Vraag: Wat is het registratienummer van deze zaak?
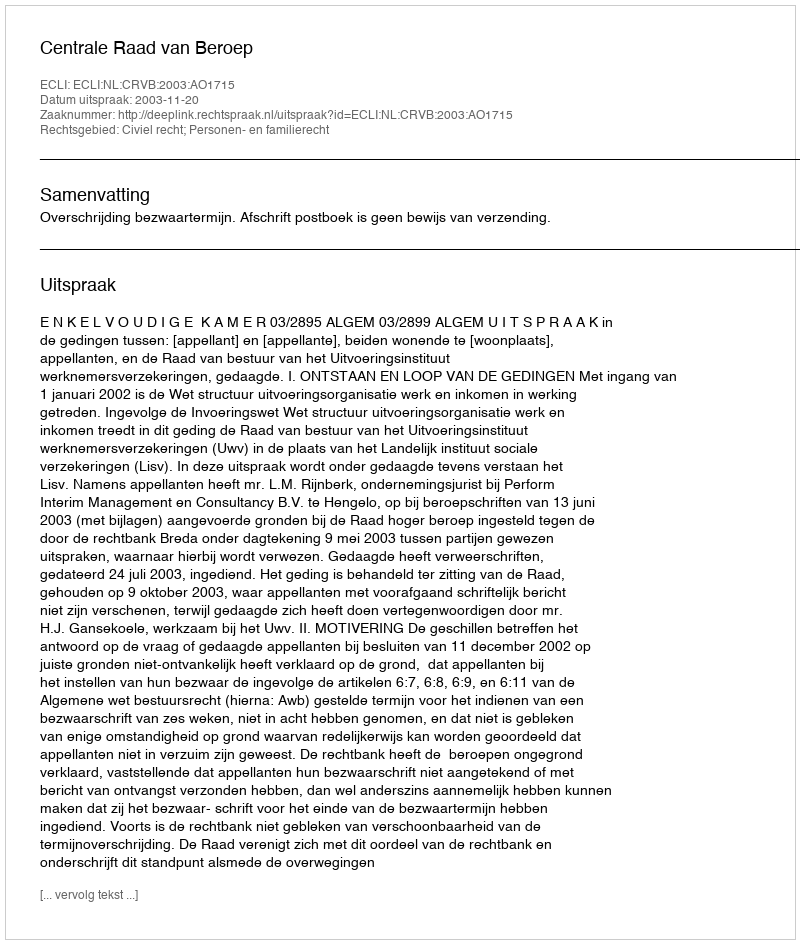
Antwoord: http://deeplink.rechtspraak.nl/uitspraak?id=ECLI:NL:CRVB:2003:AO1715